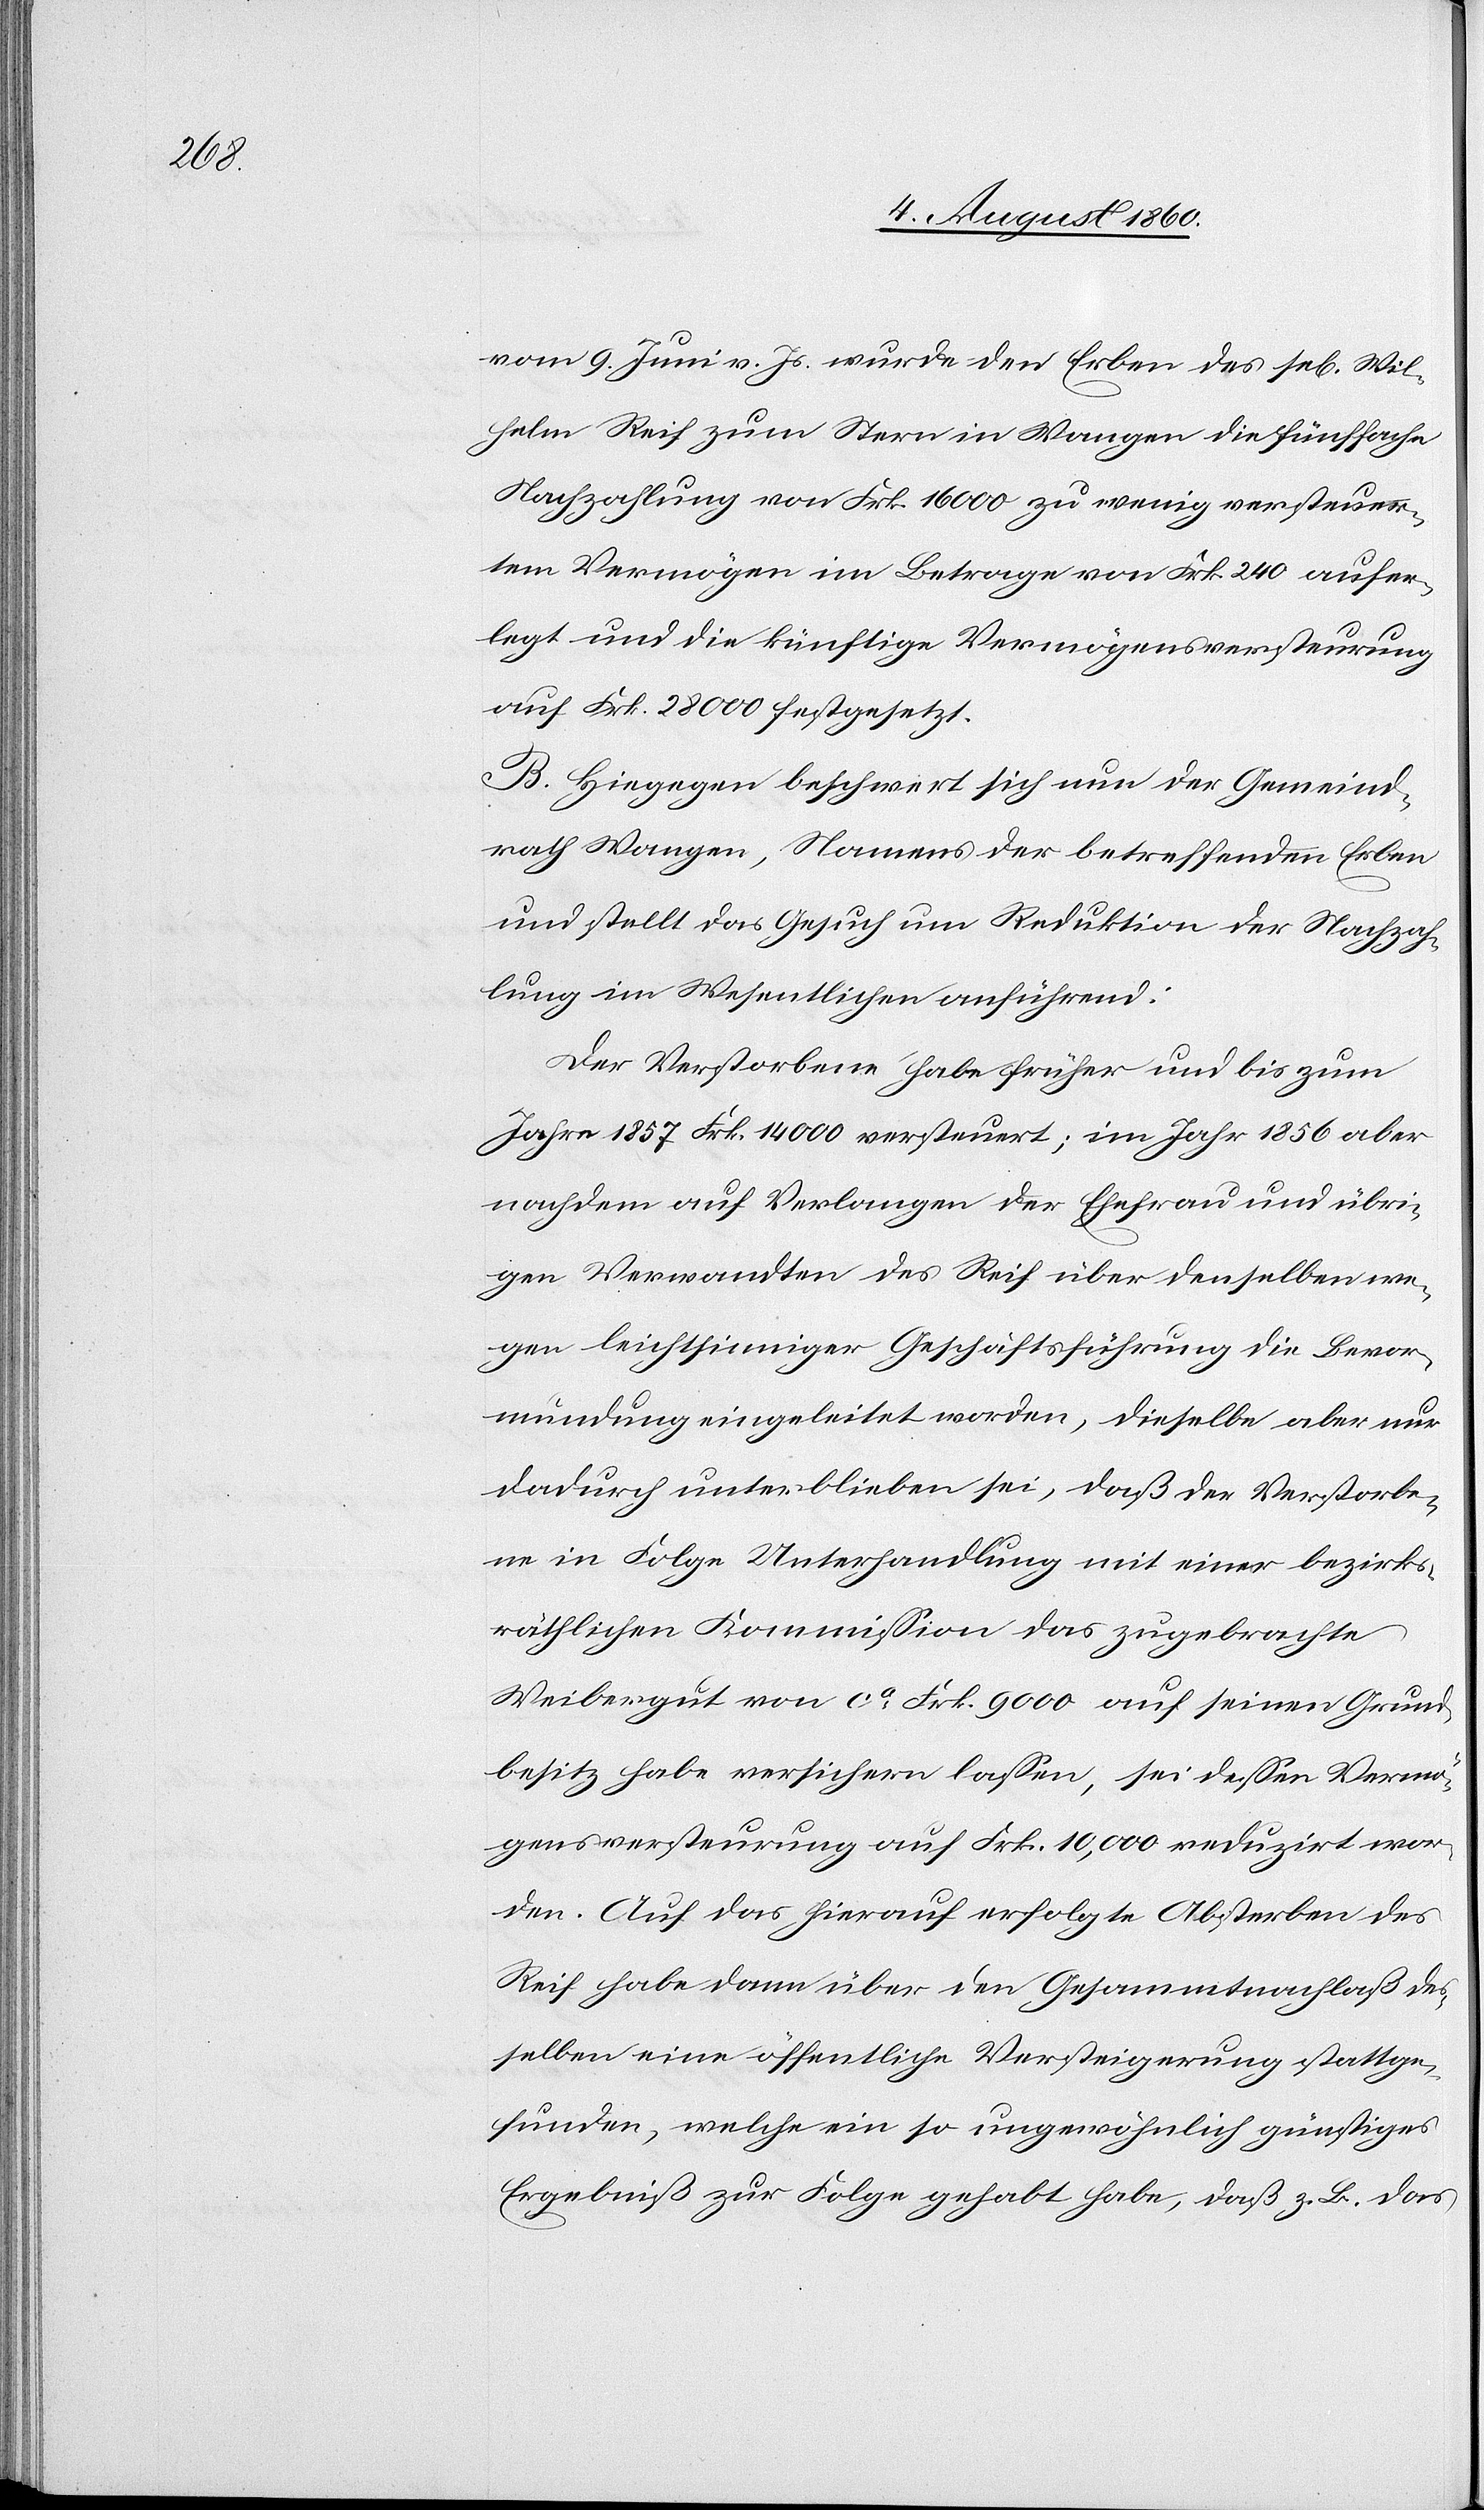
Wil¬

helm Reif zum Stern in Wangen die fünffache
Nachzahlung von Frk. 16,000 zu wenig versteuer¬
tem Vermögen im Betrage von Frk. 240 aufer¬
legt und die künftige Vermögensversteurung
auf Frk. 28,000 festgesetzt.
B. Hiegegen beschwert sich nun der Gemeind¬
rath Wangen, Namens der betreffenden Erben
und stellt das Gesuch um Reduktion der Nachzah¬
lung, im Wesentlichen anführend:
Der Verstorbene habe früher und bis zum
Jahre 1857 Frk. 14 000 versteuert; im Jahr 1856 aber,
nachdem auf Verlangen der Ehefrau u. übri¬
gen Verwandten des Reif über denselben we¬
gen leichtsinniger Geschäftsführung die Bevor¬
mundung eingeleitet worden, dieselbe aber nur
dadurch unterblieben sei, dass der Verstorbe¬
ne in Folge Unterhandlung mit einer bezirks¬
räthlichen Commission das zugebrachte
Weibergut von ca Frk. 9000 auf seinen Grund¬
besitz habe versichern lassen, sei dessen Vermö¬
gensversteurung auf Frk. 10,000 reduzirt wor¬
den. Auf das hierauf erfolgte Absterben des
Reif habe dann über den Gesammtnachlass des¬
selben eine öffentliche Versteigerung stattge¬
funden, welche ein so ungewöhnlich günstiges
Ergebniss zur Folge gehabt habe, dass z. b. das